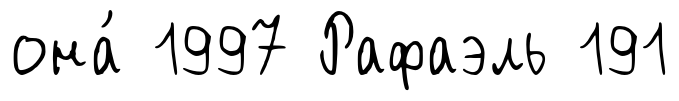
она́ 1997 Рафаэль 191